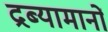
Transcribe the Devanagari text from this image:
द्रब्यामानों